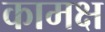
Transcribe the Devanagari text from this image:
कामक्ष